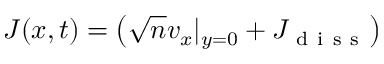
J ( x , t ) = \left( \sqrt { n } v _ { x } | _ { y = 0 } + J _ { \mathrm { ~ d ~ i ~ s ~ s ~ } } \right)